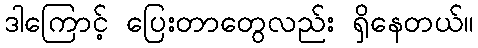
ဒါကြောင့် ပြေးတာတွေလည်း ရှိနေတယ်။